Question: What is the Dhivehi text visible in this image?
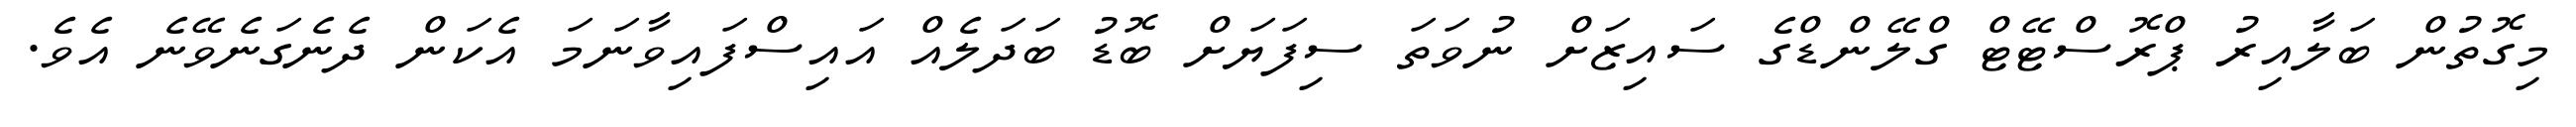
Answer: މިގޮތުން ބަލާއިރު ޕްރޮސްޓޭޓް ގްލޭންޑްގެ ސައިޒަށް ނުވަތަ ސިފަޔަށް ބޮޑު ބަދަލެއް އައިސްފައިވާނަމަ އެކަން ދެނެގަނެވޭނެ އެވެ.